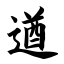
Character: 遒